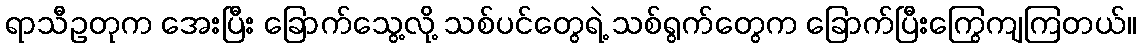
ရာသီဥတုက အေးပြီး ခြောက်သွေ့လို့ သစ်ပင်တွေရဲ့ သစ်ရွက်တွေက ခြောက်ပြီးကြွေကျကြတယ်။